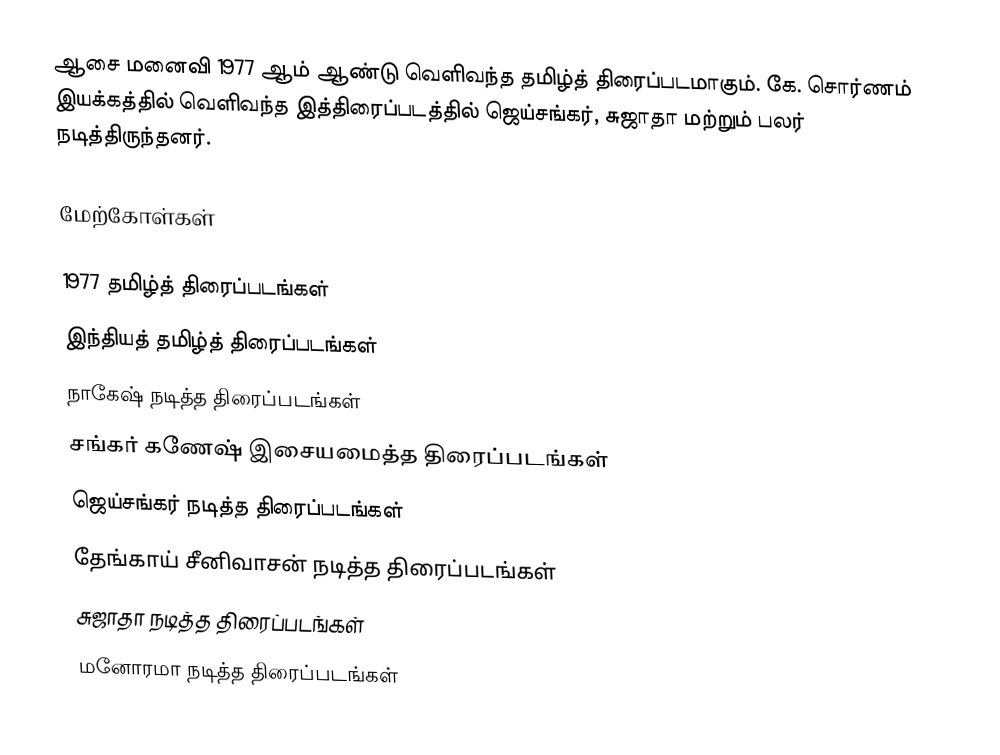
ஆசை மனைவி 1977 ஆம் ஆண்டு வெளிவந்த தமிழ்த் திரைப்படமாகும். கே. சொர்ணம் இயக்கத்தில் வெளிவந்த இத்திரைப்படத்தில் ஜெய்சங்கர், சுஜாதா மற்றும் பலர் நடித்திருந்தனர்.

மேற்கோள்கள்

1977 தமிழ்த் திரைப்படங்கள்
இந்தியத் தமிழ்த் திரைப்படங்கள்
நாகேஷ் நடித்த திரைப்படங்கள்
சங்கர் கணேஷ் இசையமைத்த திரைப்படங்கள்
ஜெய்சங்கர் நடித்த திரைப்படங்கள்
தேங்காய் சீனிவாசன் நடித்த திரைப்படங்கள்
சுஜாதா நடித்த திரைப்படங்கள்
மனோரமா நடித்த திரைப்படங்கள்